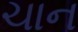
ચાન